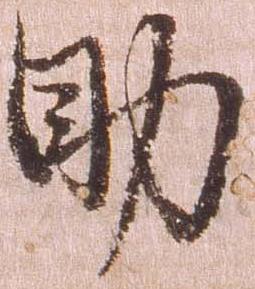
助